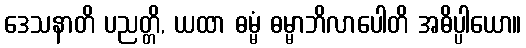
ဒေသနာတိ ပညတ္တိ, ယထာ ဓမ္မံ ဓမ္မာဘိလာပေါတိ အဓိပ္ပါယော။